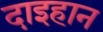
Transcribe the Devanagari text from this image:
दाइहान